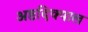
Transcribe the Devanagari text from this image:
अष्ठदिक्पाल